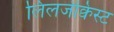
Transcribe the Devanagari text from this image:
लिलजेक्विस्ट